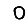
Digit: 0